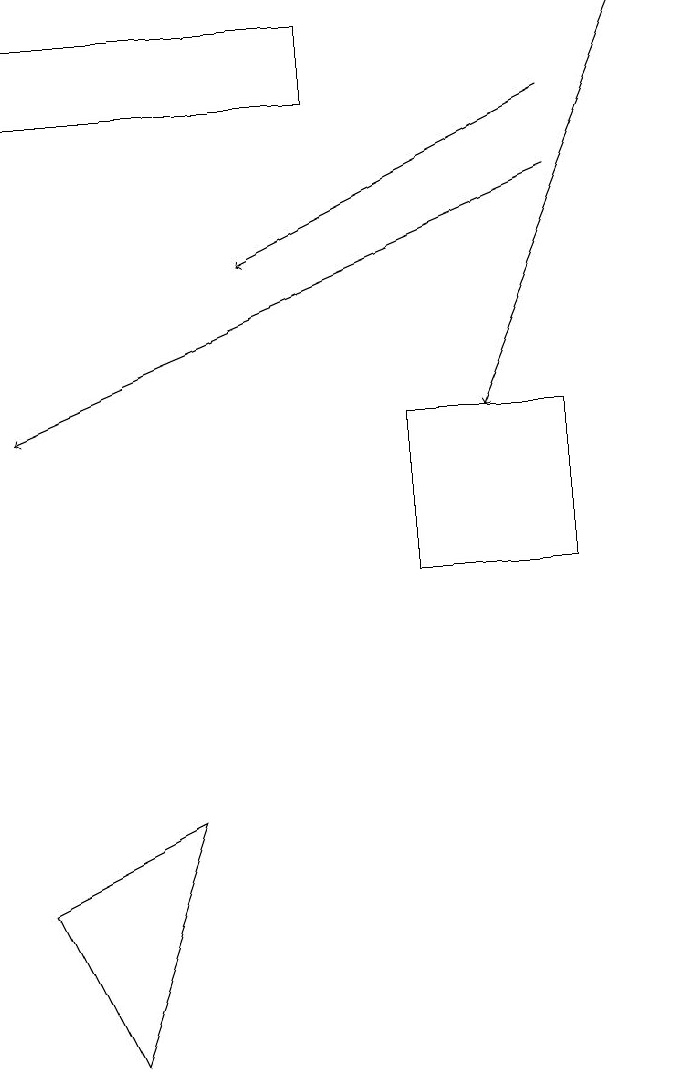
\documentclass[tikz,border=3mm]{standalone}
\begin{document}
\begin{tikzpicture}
\draw[->] (8,19) -- (6,14);
\draw[->] (7,17) -- (0,14);
\draw[->] (7,18) -- (3,16);
\draw (1,6) -- (0,8) -- (2,9) -- cycle;
\draw (0,18) rectangle (4,19);
\draw (7,12) rectangle (5,14);
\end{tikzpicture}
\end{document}